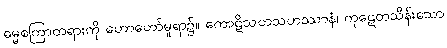
ဓမ္မစကြာတရားကို ဟောတော်မူရာ၌။ ကောဋိသတသဟဿာနံ၊ ကုဋေတသိန်းသော